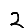
Digit: 2